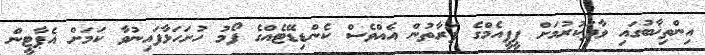
އިންތިޚާބުގައި ވާދަކުރުމަށް ޕީޕީއެމްގެ ފަރާތުން އެއްވެސް ކެންޑިޑޭޓެއްގެ ފޯމު ހުށަހަޅާފައިނުވާ ކަމަށް އެޕާޓީން